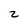
Character: z